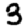
Digit: 3